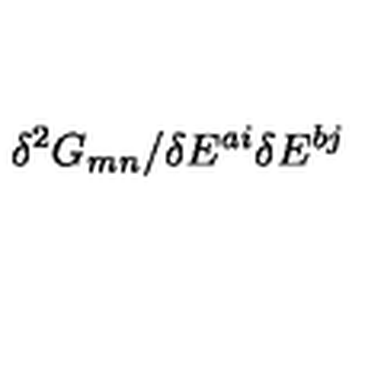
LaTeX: \delta ^ { 2 } G _ { m n } / \delta E ^ { a i } \delta E ^ { b j }